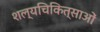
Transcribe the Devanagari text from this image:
शल्यचिकित्साओं